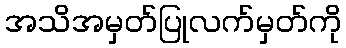
အသိအမှတ်ပြုလက်မှတ်ကို